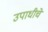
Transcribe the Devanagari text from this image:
उपाधीचे